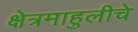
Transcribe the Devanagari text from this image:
क्षेत्रमाहुलीचे